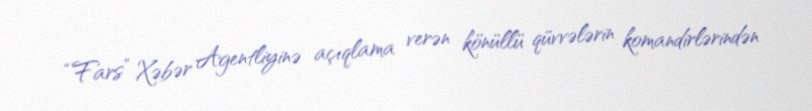
“Fars” Xəbər Agentliyinə açıqlama verən könüllü qüvvələrin komandirlərindən